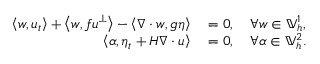
\begin{array} { r l } { \left\langle w , u _ { t } \right\rangle + \left\langle w , f u ^ { \perp } \right\rangle - \left\langle \nabla \cdot w , g \eta \right\rangle } & { { } = 0 , \quad \forall w \in \mathbb { V } _ { h } ^ { 1 } , } \\ { \left\langle \alpha , \eta _ { t } + H \nabla \cdot u \right\rangle } & { { } = 0 , \quad \forall \alpha \in \mathbb { V } _ { h } ^ { 2 } . } \end{array}